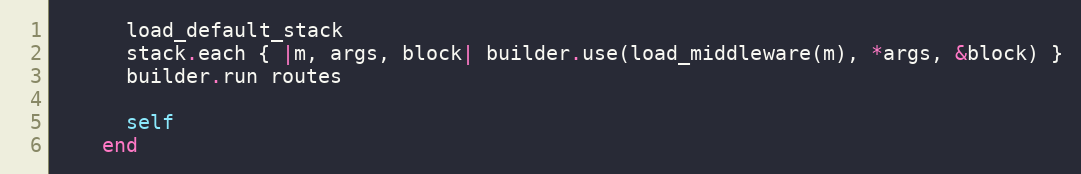
Language: Ruby
      load_default_stack
      stack.each { |m, args, block| builder.use(load_middleware(m), *args, &block) }
      builder.run routes

      self
    end